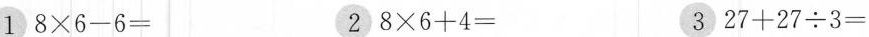
1 $$8 \times 6 - 6 =$$ 2 $$8 \times 6 + 4 =$$ 3 $$2 7 + 2 7 {\div} 3 =$$